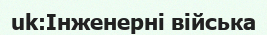
uk:Інженерні війська